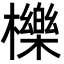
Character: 櫟